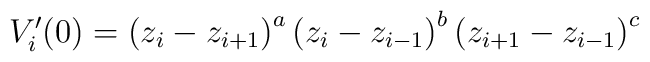
V_{i}^{\prime }(0)=\left( z_{i}-z_{i+1}\right) ^{a}\left(z_{i}-z_{i-1}\right) ^{b}\left( z_{i+1}-z_{i-1}\right) ^{c}